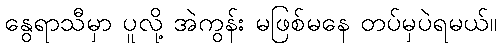
နွေရာသီမှာ ပူလို့ အဲကွန်း မဖြစ်မနေ တပ်မှပဲရမယ်။